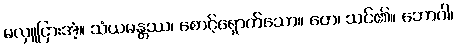
မလှူငြားအံ့။ သံယမန္တဿ၊ စောင့်ရှောက်သော။ တေ၊ သင်၏။ ဘောဂါ၊